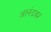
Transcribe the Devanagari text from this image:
आनंदवर